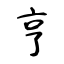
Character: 亨